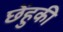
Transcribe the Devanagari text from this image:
छेंहुकी